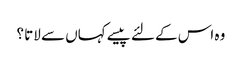
وہ اس کے لئے پیسے کہاں سے لاتا ؟